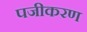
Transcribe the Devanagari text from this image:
पजीकरण